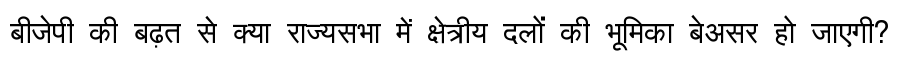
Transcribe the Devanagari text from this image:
बीजेपी की बढ़त से क्या राज्यसभा में क्षेत्रीय दलों की भूमिका बेअसर हो जाएगी?